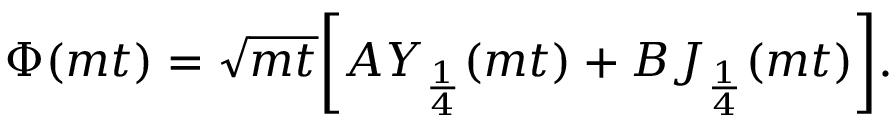
\Phi ( m t ) = \sqrt { m t } \biggl [ A Y _ { \frac { 1 } { 4 } } ( m t ) + B J _ { \frac { 1 } { 4 } } ( m t ) \biggr ] .